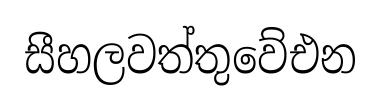
සීහලවත්තුවේඑන